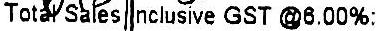
TOTAL SALES INCLUSIVE GST @6.00%: